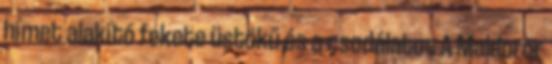
hímet alakító fekete üstökű és a csodálatos A Maldoror